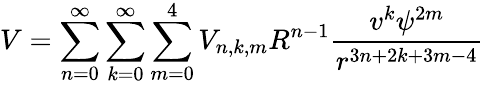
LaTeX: V=\sum_{n=0}^{\infty}\sum_{k=0}^{\infty}\sum_{m=0}^{4}V_{n,k,m}R^{n-1}\frac{v^{k}\psi^{2m}}{r^{3n+2k+3m-4}}